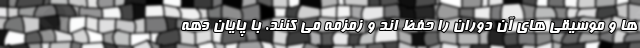
ها و موسیقی های آن دوران را حفظ اند و زمزمه می کنند. با پایان دهه